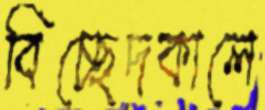
বিচ্ছেদকালে